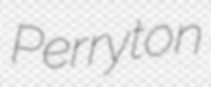
Perryton